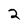
Character: 2